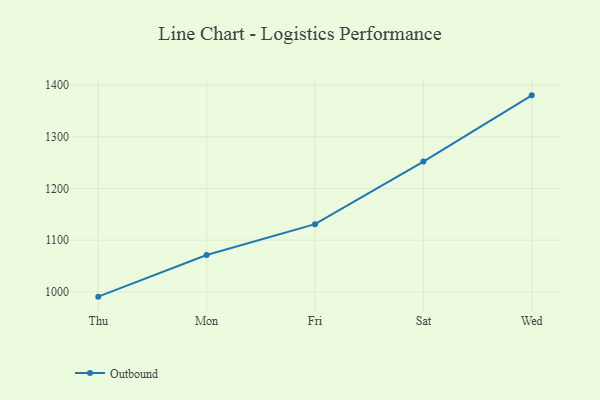
{"axis": {"x": "Day", "y": "Net Income (USD K)"}, "legend": ["Outbound"], "data": [{"x": "Thu", "y": 990.8, "type": "Outbound"}, {"x": "Mon", "y": 1071.4, "type": "Outbound"}, {"x": "Fri", "y": 1131.0, "type": "Outbound"}, {"x": "Sat", "y": 1252.2, "type": "Outbound"}, {"x": "Wed", "y": 1380.3, "type": "Outbound"}]}